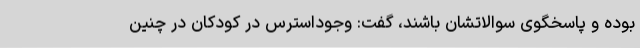
بوده و پاسخگوی سوالاتشان باشند، گفت: وجوداسترس در کودکان در چنین